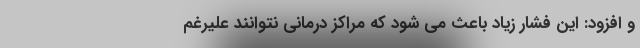
و افزود: این فشار زیاد باعث می شود که مراکز درمانی نتوانند علیرغم